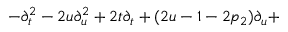
- \partial _ { t } ^ { 2 } - 2 u \partial _ { u } ^ { 2 } + 2 t \partial _ { t } + ( 2 u - 1 - 2 p _ { 2 } ) \partial _ { u } +